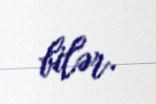
bilər.